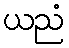
ယညံ